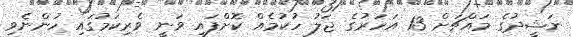
ނަޝީދުގެ މައްޗަށް 13 އަހަރުގެ ޖަލު ހުކުމެއް ކޮށްފައި ވަނީ ވެރިކަމުގައި ހުންނެވި